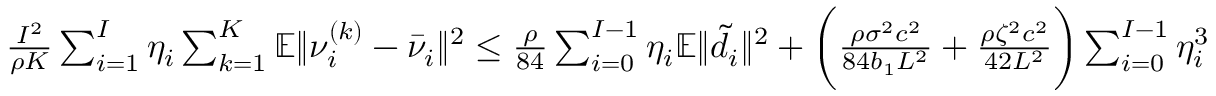
\begin{array} { r } { \frac { I ^ { 2 } } { \rho K } \sum _ { i = 1 } ^ { I } \eta _ { i } \sum _ { k = 1 } ^ { K } \mathbb { E } \| \nu _ { i } ^ { ( k ) } - \bar { \nu } _ { i } \| ^ { 2 } \leq \frac { \rho } { 8 4 } \sum _ { i = 0 } ^ { I - 1 } \eta _ { i } \mathbb { E } \| \tilde { d } _ { i } \| ^ { 2 } + \bigg ( \frac { \rho \sigma ^ { 2 } c ^ { 2 } } { 8 4 b _ { 1 } L ^ { 2 } } + \frac { \rho \zeta ^ { 2 } c ^ { 2 } } { 4 2 L ^ { 2 } } \bigg ) \sum _ { i = 0 } ^ { I - 1 } \eta _ { i } ^ { 3 } } \end{array}